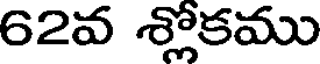
62వ శ్లోకము